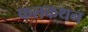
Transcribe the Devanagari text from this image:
फलकथन